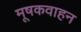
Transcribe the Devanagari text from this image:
मूषकवाहन